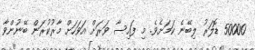
50000 ޑޮލަރު ލިބޭނެ ކަމަށެވެ. މި ފައިސާ ވަރަށް އަވަހަށް މާރުކުރަން ބޭނުންވާ